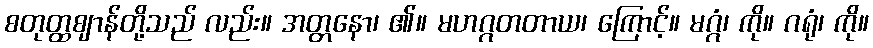
စတုတ္ထဈာန်တို့သည် လည်း။ အတ္တနော၊ ၏။ မဟဂ္ဂတတာယ၊ ကြောင့်။ မဂ္ဂံ၊ ကို။ ဂရုံ၊ ကို။